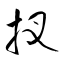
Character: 扠